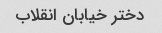
دختر خیابان انقلاب